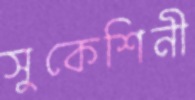
সুকেশিনী